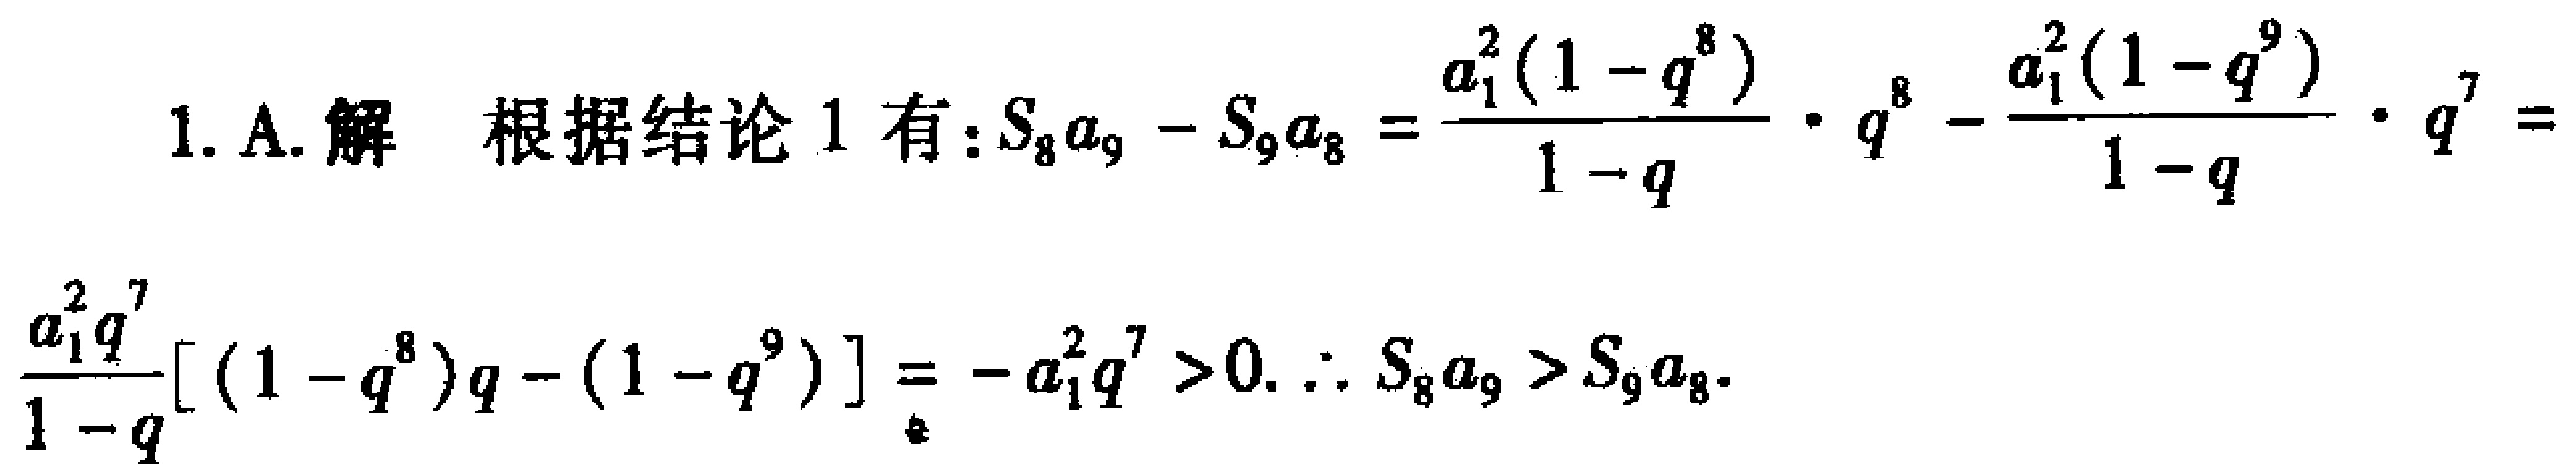
1. A. 解 根据结论 1 有：$S_{8}a_{9}-S_{9}a_{8}=\frac{a_{1}^{2}(1 - q^{8})}{1 - q}\cdot q^{8}-\frac{a_{1}^{2}(1 - q^{9})}{1 - q}\cdot q^{7}=$

$\frac{a_{1}^{2}q^{7}}{1 - q}[(1 - q^{8})q-(1 - q^{9})]=-a_{1}^{2}q^{7}>0.\ \therefore S_{8}a_{9}>S_{9}a_{8}.$